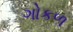
ગોકળ